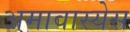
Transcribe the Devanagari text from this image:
अमावास्येस